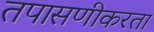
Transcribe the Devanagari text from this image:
तपासणीकरता